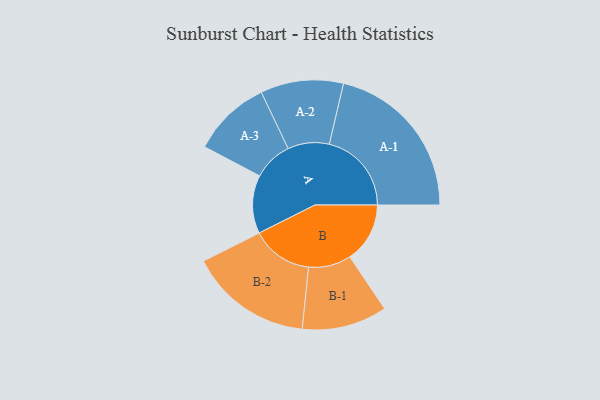
{"axis": {"x": "Segment", "y": "Value"}, "legend": ["", "A", "B"], "data": [{"x": "A", "y": 197, "type": ""}, {"x": "B", "y": 203, "type": ""}, {"x": "A-1", "y": 278, "type": "A"}, {"x": "A-2", "y": 140, "type": "A"}, {"x": "A-3", "y": 133, "type": "A"}, {"x": "B-1", "y": 144, "type": "B"}, {"x": "B-2", "y": 208, "type": "B"}]}